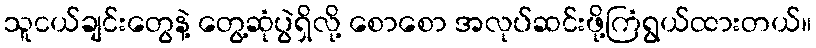
သူငယ်ချင်းတွေနဲ့ တွေ့ဆုံပွဲရှိလို့ စောစော အလုပ်ဆင်းဖို့ကြံရွယ်ထားတယ်။